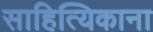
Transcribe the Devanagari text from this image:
साहित्यिकाना